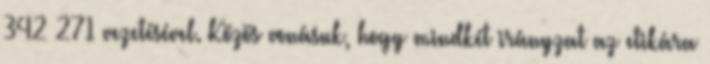
342–271 vezetésével. Közös vonásuk, hogy mindkét irányzat az etikára